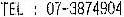
TEL : 07-3874904